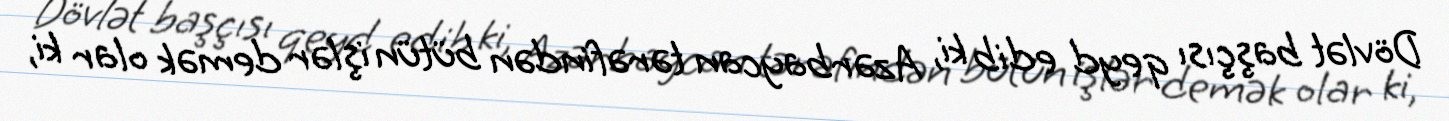
Dövlət başçısı qeyd edib ki, Azərbaycan tərəfindən bütün işlər demək olar ki,